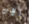
الأب